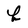
Character: b